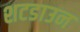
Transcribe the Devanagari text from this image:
शटडाउन